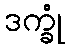
ဒက္ခုံ